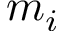
m _ { i }